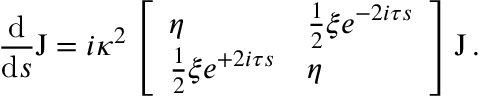
\frac { \mathrm { d } } { \mathrm { d } s } \boldsymbol { \mathrm J } = i \kappa ^ { 2 } \left[ \begin{array} { l l } { \eta } & { \frac { 1 } { 2 } \xi e ^ { - 2 i \tau s } } \\ { \frac { 1 } { 2 } \xi e ^ { + 2 i \tau s } } & { \eta } \end{array} \right] \boldsymbol { \mathrm J } \, .